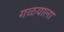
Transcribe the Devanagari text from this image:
गळयाला